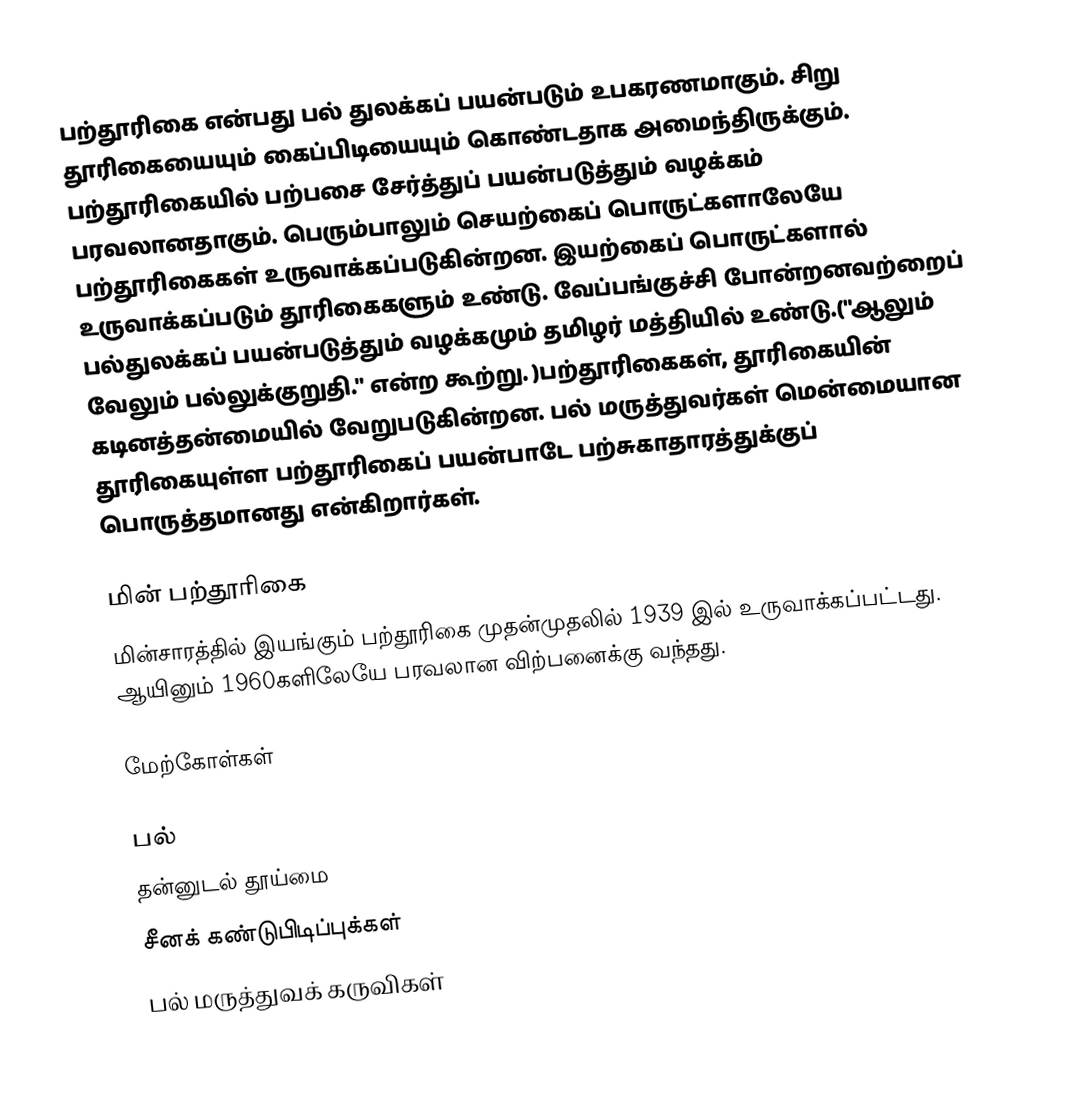
பற்தூரிகை என்பது பல் துலக்கப் பயன்படும் உபகரணமாகும். சிறு தூரிகையையும் கைப்பிடியையும் கொண்டதாக அமைந்திருக்கும். பற்தூரிகையில் பற்பசை சேர்த்துப் பயன்படுத்தும் வழக்கம் பரவலானதாகும். பெரும்பாலும் செயற்கைப் பொருட்களாலேயே பற்தூரிகைகள் உருவாக்கப்படுகின்றன. இயற்கைப் பொருட்களால் உருவாக்கப்படும் தூரிகைகளும் உண்டு. வேப்பங்குச்சி போன்றனவற்றைப் பல்துலக்கப் பயன்படுத்தும் வழக்கமும் தமிழர் மத்தியில் உண்டு.("ஆலும் வேலும் பல்லுக்குறுதி." என்ற கூற்று. )பற்தூரிகைகள், தூரிகையின் கடினத்தன்மையில் வேறுபடுகின்றன. பல் மருத்துவர்கள் மென்மையான தூரிகையுள்ள பற்தூரிகைப் பயன்பாடே பற்சுகாதாரத்துக்குப் பொருத்தமானது என்கிறார்கள்.

மின் பற்தூரிகை
மின்சாரத்தில் இயங்கும் பற்தூரிகை முதன்முதலில் 1939 இல் உருவாக்கப்பட்டது. ஆயினும் 1960களிலேயே பரவலான விற்பனைக்கு வந்தது.

மேற்கோள்கள்

பல்
தன்னுடல் தூய்மை
சீனக் கண்டுபிடிப்புக்கள்
பல் மருத்துவக் கருவிகள்